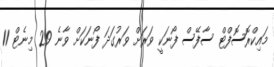
މައިކްރޮސޮފްޓް ސާފޭސް ފޯނަކީ ވަރަށް ވަރުގަދަ ފޯނަކަށް ވާނެ 29 މިނެޓް 11